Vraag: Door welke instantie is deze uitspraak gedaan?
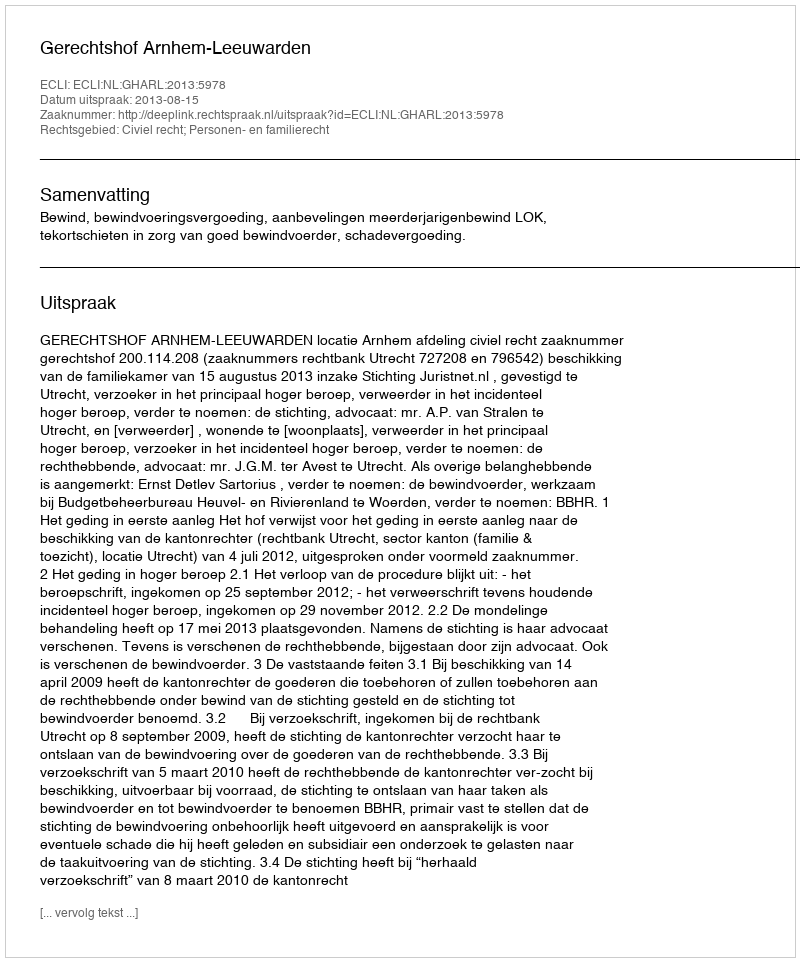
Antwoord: Gerechtshof Arnhem-Leeuwarden